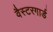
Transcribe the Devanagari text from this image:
वैस्टरगार्ड